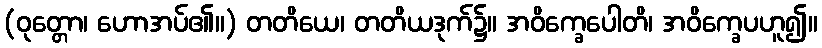
(ဝုတ္တော၊ ဟောအပ်၏။) တတိယေ၊ တတိယဒုက်၌။ အဝိက္ခေပေါတိ၊ အဝိက္ခေပဟူ၍။